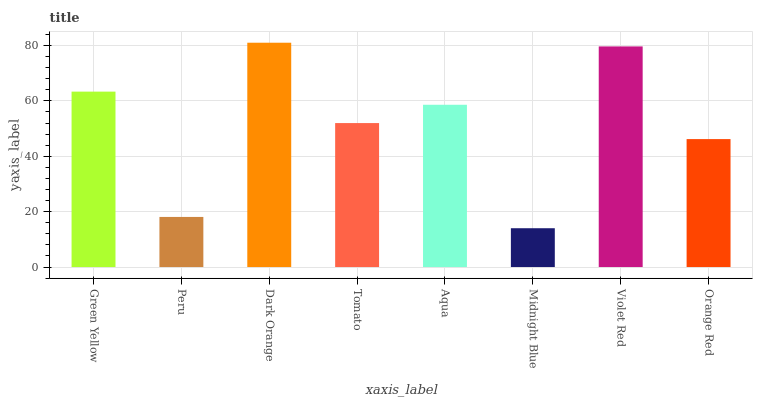
| xaxis_label | bars |
 | --- | --- |
 | Green Yellow | 63.3 |
 | Peru | 18.1 |
 | Dark Orange | 81 |
 | Tomato | 52 |
 | Aqua | 58.6 |
 | Midnight Blue | 14 |
 | Violet Red | 79.6 |
 | Orange Red | 46.2 |